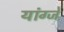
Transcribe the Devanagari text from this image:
यांग्जे